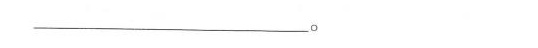
___。